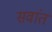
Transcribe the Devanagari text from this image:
सवांत